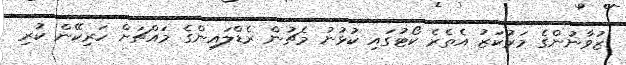
ޒުވާނުންގެ މަރުކަޒު އެތެރެ ކޯޓުގައި ކުޅުނު މެޗުން ރެޑްލައިންގެ މައްޗަށް ހަރިކޭން ކުރި